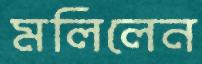
মলিলেন